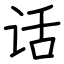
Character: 话